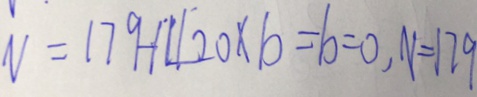
V = 1 7 9 - 1 4 2 0 \times b = b = 0 , V = 1 7 9